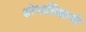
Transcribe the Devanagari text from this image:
शोभातिशायी